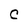
Character: C